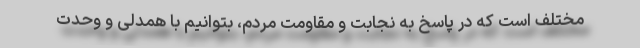
مختلف است که در پاسخ به نجابت و مقاومت مردم، بتوانیم با همدلی و وحدت